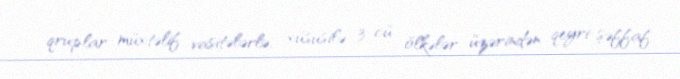
qruplar müxtəlif vasitələrlə, xüsusilə 3-cü ölkələr üzərindən qeyri-şəffaf